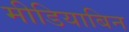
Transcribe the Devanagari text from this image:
मीडियाबिन